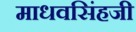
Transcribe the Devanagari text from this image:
माधवसिंहजी